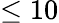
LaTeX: \le 10